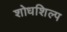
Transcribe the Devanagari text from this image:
शोधशिल्प